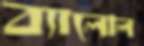
ব্যালোল